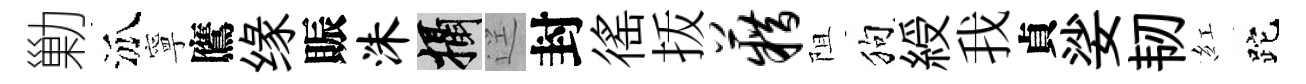
勦泒寧鷹缘賑洙攝逕封徭㧞籍阻狗綬我貞娑韧紅跎